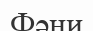
Фәни